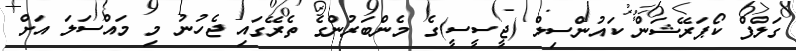
ގަލްފް ކޯޕަރޭޝަން ކައުންސިލް (ޖީސީސީ)ގެ މެންބަރުންގެ ތެރޭގައި ޖެހުނު މި މައްސަލަ އަށް